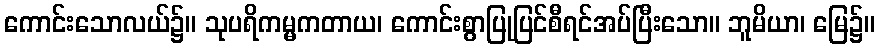
ကောင်းသောလယ်၌။ သုပရိကမ္မကတာယ၊ ကောင်းစွာပြုပြင်စီရင်အပ်ပြီးသော။ ဘူမိယာ၊ မြေ၌။